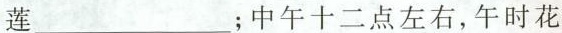
莲___；中午十二点左右，午时花